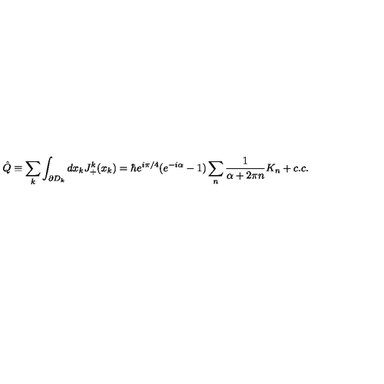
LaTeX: \hat { Q } \equiv \sum _ { k } \int _ { \partial D _ { k } } d x _ { k } J _ { + } ^ { k } ( x _ { k } ) = \hbar e ^ { i \pi / 4 } ( e ^ { - i \alpha } - 1 ) \sum _ { n } \frac { 1 } { \alpha + 2 \pi n } K _ { n } + c . c .